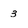
Character: 3